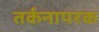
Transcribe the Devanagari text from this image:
तर्कनापरक